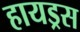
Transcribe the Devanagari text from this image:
हायड्रस